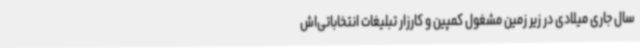
سال جاری میلادی در زیر زمین مشغول کمپین و کارزار تبلیغات انتخاباتی‌اش